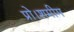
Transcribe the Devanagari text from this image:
प्रो।शमीम